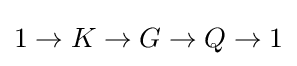
1\to K\to G\to Q\to 1